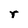
Character: r